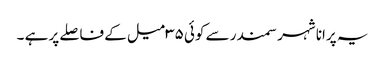
یہ پرانا شہر سمندر سے کوئی ۳۵ میل کے فاصلے پر ہے ۔